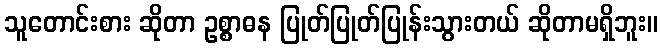
သူတောင်းစား ဆိုတာ ဥစ္စာဓန ပြုတ်ပြုတ်ပြုန်းသွားတယ် ဆိုတာမရှိဘူး။